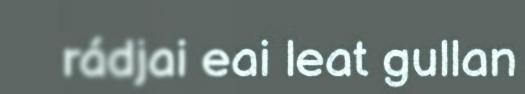
rádjai eai leat gullan